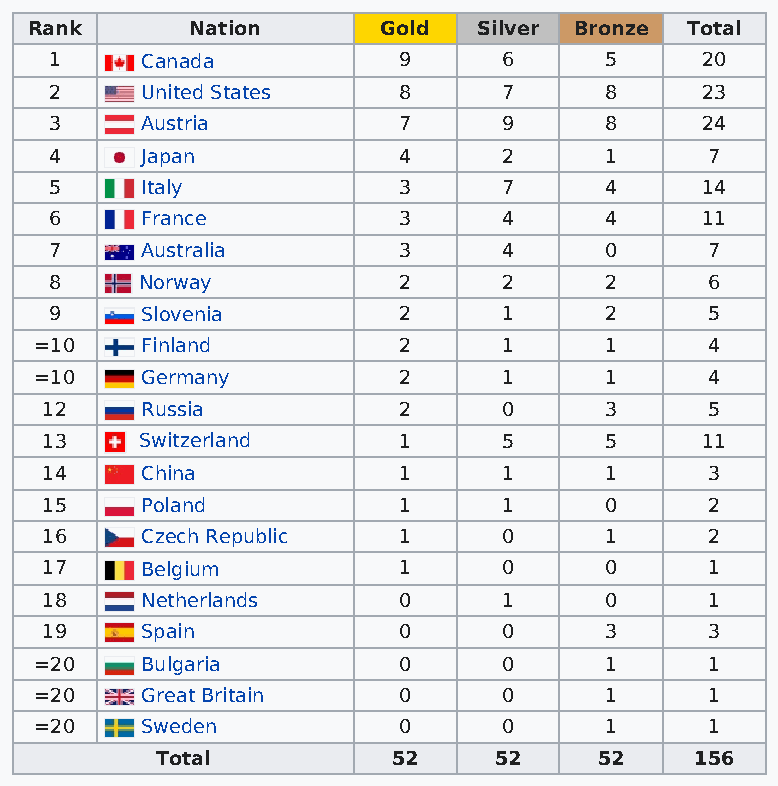
Rank       Nation      Gold   Silver Bronze Total
 1     Canada           9      6      5     20
 2     United States    8      7      8     23
 3     Austria          7      9      8     24
 4     Japan            4      2      1      7
 5     Italy            3      7      4     14
 6     France           3      4      4     11
 7     Australia        3      4      0      7
 8     Norway           2      2      2      6
 9     Slovenia         2      1      2      5
 =10    Finland          2      1      1      4
 =10    Germany          2      1      1      4
 12    Russia           2      0      3      5
 13    Switzerland      1      5      5     11
 14    China            1      1      1      3
 15    Poland           1      1      0      2
 16    Czech Republic   1      0      1      2
 17    Belgium          1      0      0      1
 18    Netherlands      0      1      0      1
 19    Spain            0      0      3      3
 =20    Bulgaria         0      0      1      1
 =20    Great Britain    0      0      1      1
 =20    Sweden           0      0      1      1
 Total           52     52     52    156